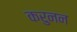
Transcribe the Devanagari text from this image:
करुनन